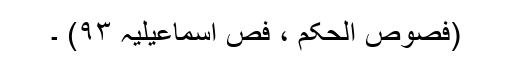
(فصوص الحکم ، فص اسماعیلیہ ۹۳) ۔